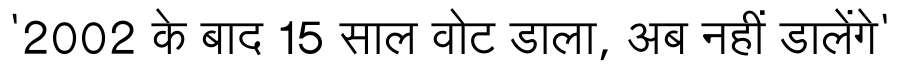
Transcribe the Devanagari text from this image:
'2002 के बाद 15 साल वोट डाला, अब नहीं डालेंगे'